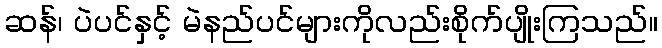
ဆန်၊ ပဲပင်နှင့် မဲနည်ပင်များကိုလည်းစိုက်ပျိုးကြသည်။